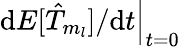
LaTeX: \left.\mathrm{d}E[\hat{T}_{m_{l}}]/\mathrm{d}t\right|_{t=0}